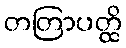
တတြာပတ္ထိ